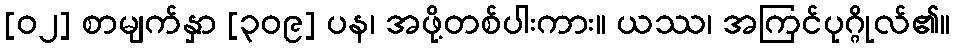
[၀၂] စာမျက်နှာ [၃၀၉] ပန၊ အဖို့တစ်ပါးကား။ ယဿ၊ အကြင်ပုဂ္ဂိုလ်၏။